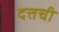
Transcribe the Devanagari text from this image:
दत्तची